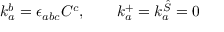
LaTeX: k _ { a } ^ { b } = \epsilon _ { a b c } C ^ { c } , \qquad k _ { a } ^ { + } = k _ { a } ^ { \hat { S } } = 0